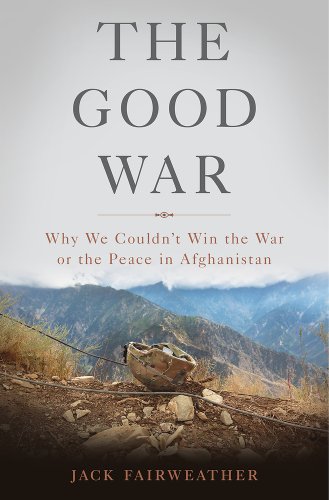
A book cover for The Good War: Why We CouldnEEt Win the War or the Peace in Afghanistan; Jack Fairweather; History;